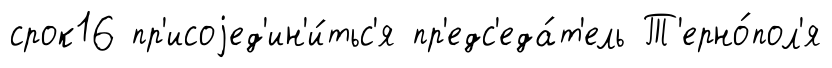
срок16 пр'исоjед'ин'и́тьс'я пр'едс'еда́т'ель Т'ерно́пол'я